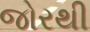
જોરથી